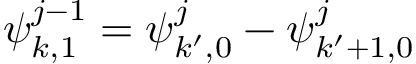
\boldsymbol { \psi } _ { k , 1 } ^ { j - 1 } = \boldsymbol { \psi } _ { k ^ { \prime } , 0 } ^ { j } - \boldsymbol { \psi } _ { k ^ { \prime } + 1 , 0 } ^ { j }